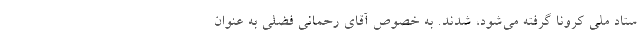
ستاد ملی کرونا گرفته می‌شود، شدند. به خصوص آقای رحمانی فضلی به عنوان